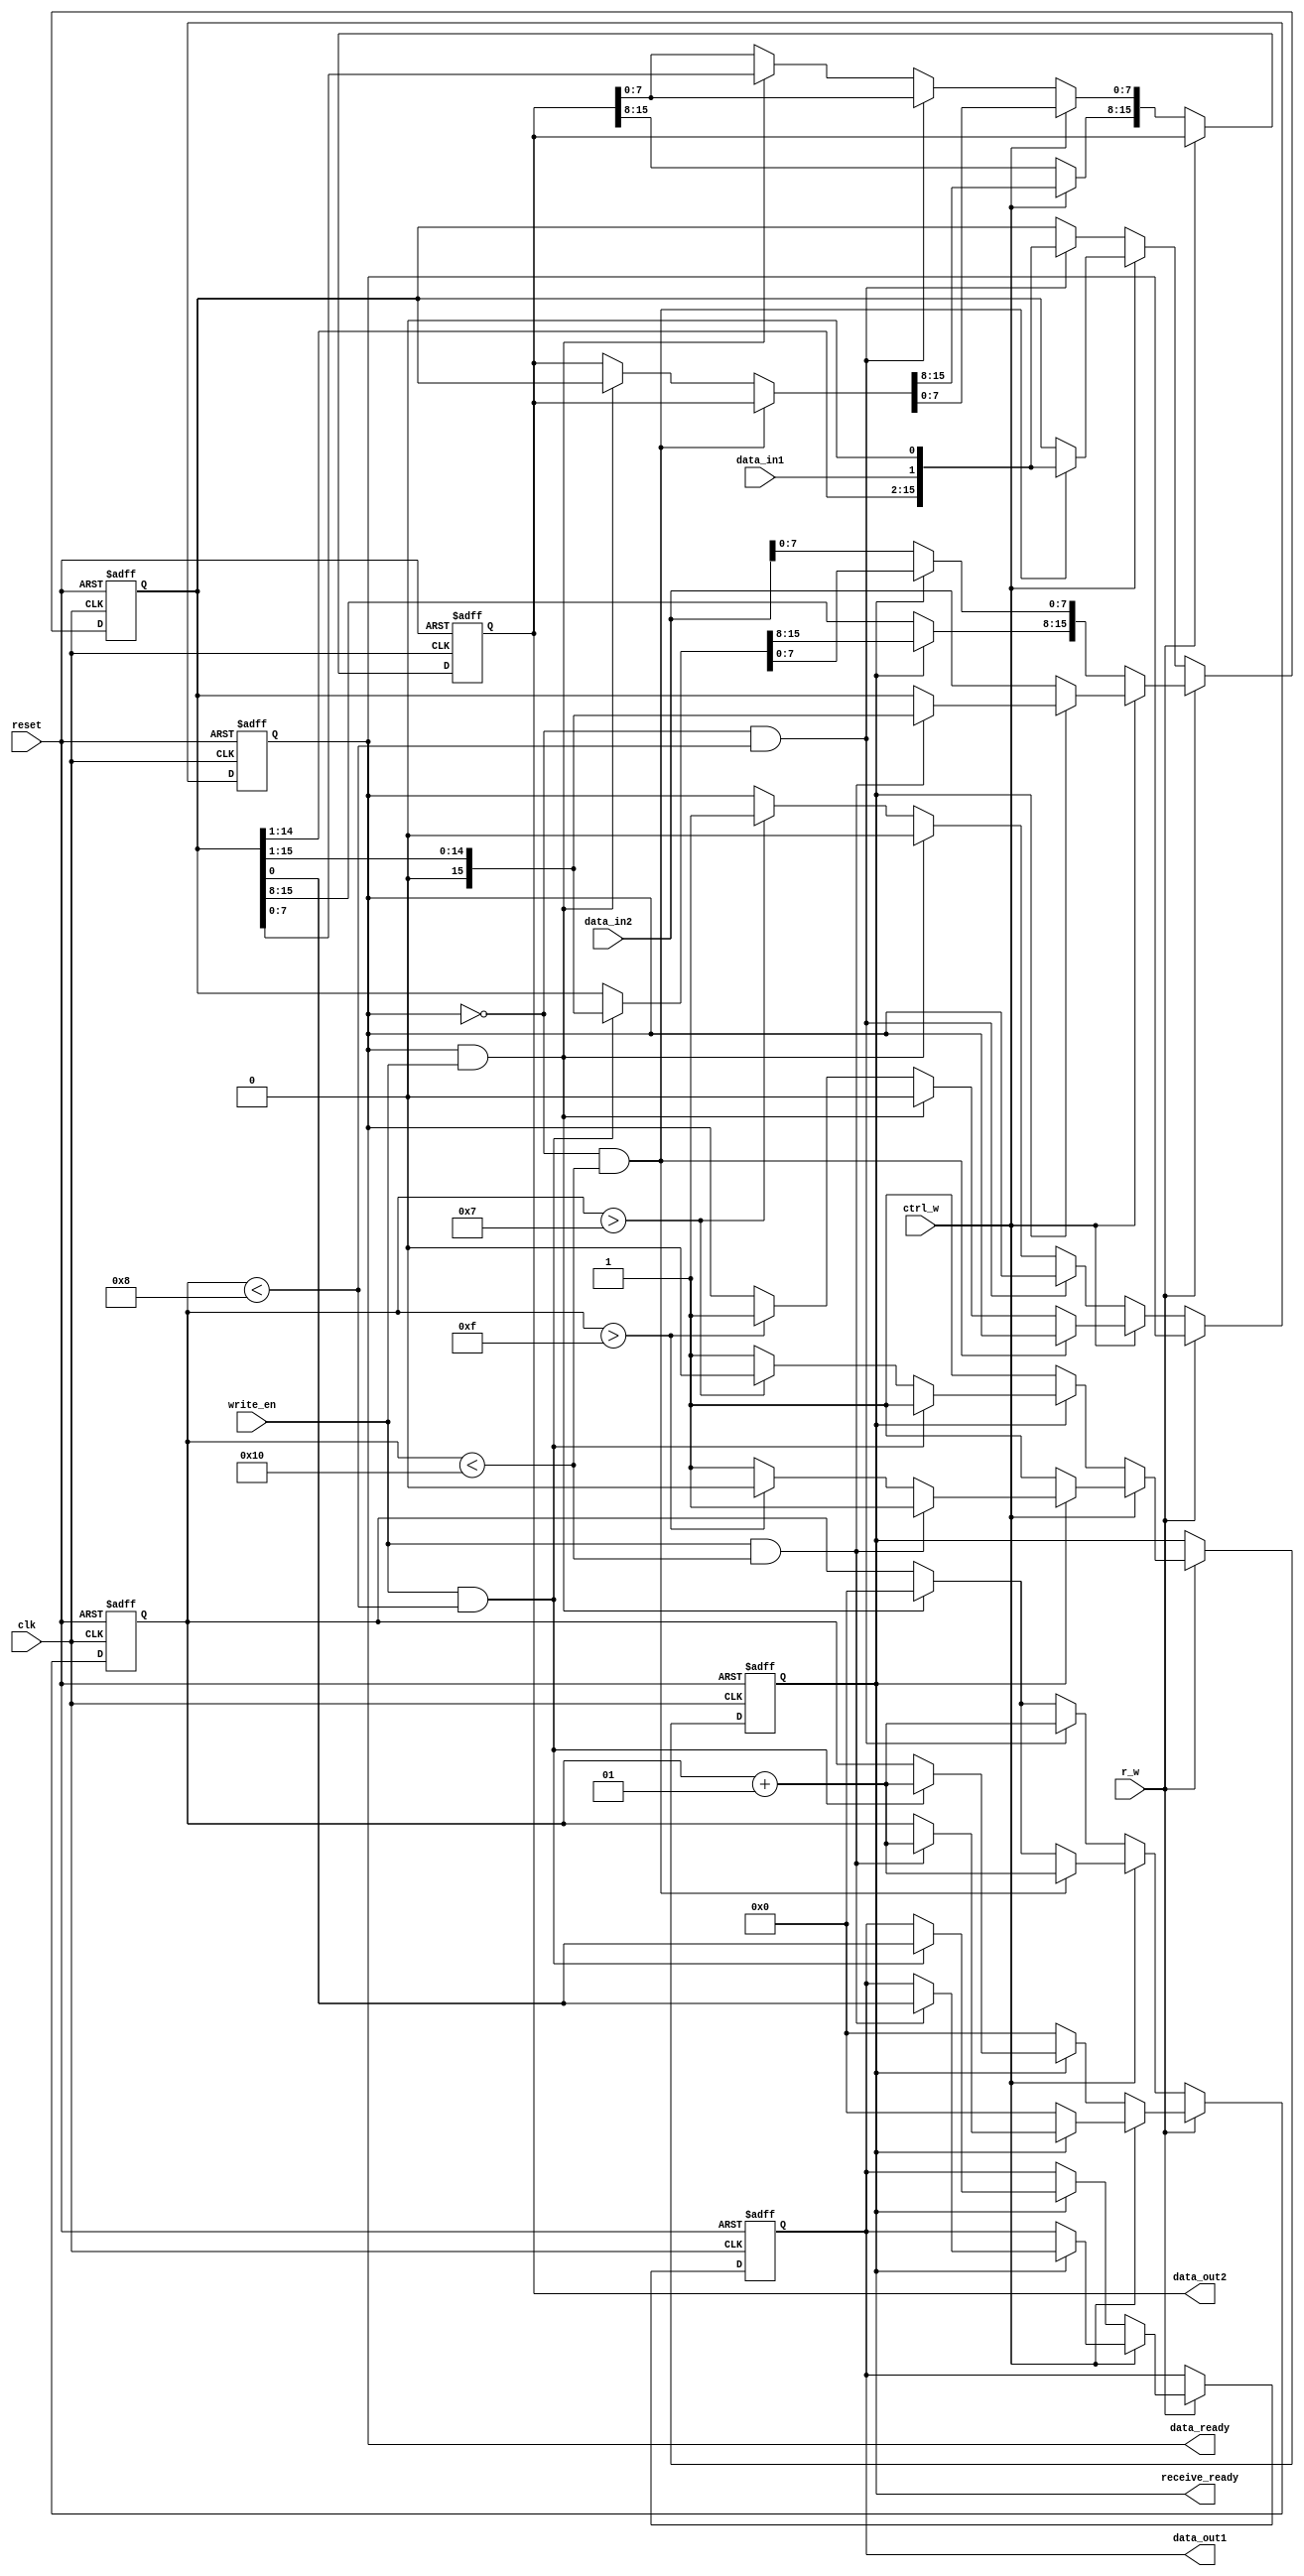
`timescale 1ns / 1ps
module sbTrans(
    // 
    input data_in1,
    // 
    input [15:0] data_in2,
    // / 1: 0:
    input r_w,
    // 8/16 1:16 0:8
    input ctrl_w,
    //  
    input reset,
    // 
    input clk,
    // 
    input write_en,
    // 
    output reg data_out1,
    // 
    output reg [15:0]  data_out2,
    // 
    output reg data_ready,
    // 
    output reg receive_ready
    );
    
    integer counter;
    reg [15:0] temp;
    
    always @(posedge clk or negedge reset) begin
        if (reset == 0) begin
            data_out1 = 0;
            data_out2 = 0;
            receive_ready = 0;
            data_ready = 0;
            counter = 0;
            temp = 0;
        end
        // 
        else if (r_w == 1) begin
            // 16
            if (ctrl_w == 1) begin
                // 
                if (receive_ready == 0) begin
                    temp[15:0] = data_in2[15:0];
                    receive_ready = 1;
                    counter = 0;
                end
                // 
                else if (write_en == 1 && counter < 16) begin
                    data_out1 = temp[0];
                    temp = temp>>1;
                    counter = counter + 1;
                end
                else if (counter > 15)
                    receive_ready = 0;
            end
            // 8
            else begin
                // 
                if (receive_ready == 0) begin
                    temp[7:0] = data_in2[7:0];
                    receive_ready = 1;
                    counter = 0;
                end
                // 
                else if (write_en == 1 && counter < 8) begin
                    data_out1 = temp[0];
                    temp = temp >> 1;
                    counter = counter + 1;
                end
                else if (counter > 7)
                    receive_ready = 0;
            end
            
        end
        // 
        else begin
            // 16
            if (ctrl_w == 1) begin
                // 
                if (data_ready == 0 && counter < 16) begin
                    temp[0] = data_in1;
                    temp = temp << 1;
                    counter = counter + 1;
                end
                // 
                else if (data_ready == 1 && write_en == 1) begin
                    data_out2[15:0] = temp[15:0];
                    data_ready = 0;
                    counter = 0;
                end
                else if (counter > 15)
                    data_ready = 1;
            end
            // 8
            else begin
                // 
                if (data_ready == 0 && counter < 8) begin
                    temp[0] = data_in1;
                    temp = temp << 1;
                    counter = counter + 1;
                end
                // 
                else if (data_ready == 1 && write_en == 1) begin
                    data_out2[7:0] = temp[7:0];
                    data_ready = 0;
                    counter = 0;
                end
                else if (counter > 7)
                    data_ready = 1;
            end
        end
    end

endmodule